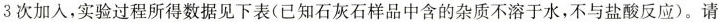
3次加入，实验过程所得数据见下表(已知石灰石样品中含的杂质不溶于水，不与盐酸反应)。请